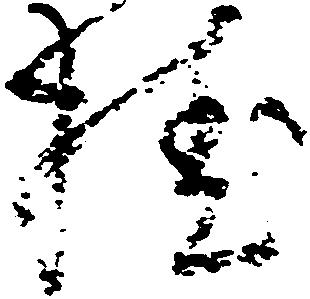
桂